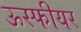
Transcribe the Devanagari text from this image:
ऊस्फीयर